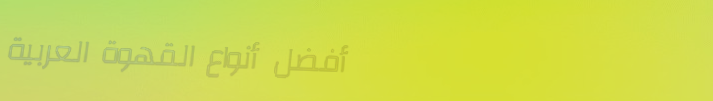
أفضل أنواع القهوة العربية